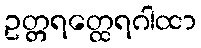
ဥတ္တရတ္ထေရဂါထာ